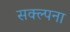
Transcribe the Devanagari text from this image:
सक्ल्पना